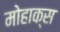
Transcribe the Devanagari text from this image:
मोहाक्स